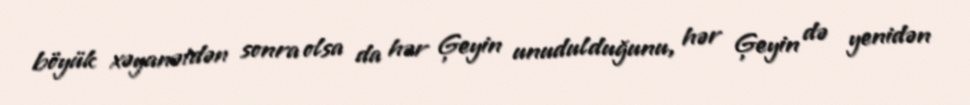
böyük xəyanətdən sonra olsa da hər Ģeyin unudulduğunu, hər Ģeyin də yenidən